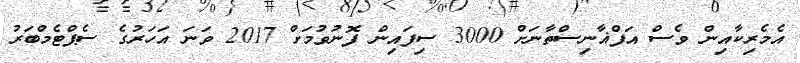
އެމެރިކާއިން ވެސް އަފްޣާނިސްތާނަށް 3000 ސިފައިން ފޮނުވުމަށް 2017 ވަނަ އަހަރުގެ ސެޕްޓެމްބަރު